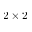
2 \times 2